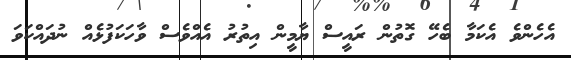
އެހެންވެ އެކަމާ ބެހޭ ގޮތުން ރައީސް ޔާމީން އިތުރު އެއްވެސް ވާހަކަފުޅެއް ނުދައްކަވަ